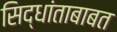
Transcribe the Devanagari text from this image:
सिद्धांताबाबत